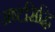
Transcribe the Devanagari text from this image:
अष्टसिद्धि